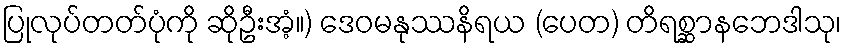
ပြုလုပ်တတ်ပုံကို ဆိုဦးအံ့။) ဒေဝမနုဿနိရယ (ပေတ) တိရစ္ဆာနဘေဒါသု၊